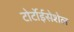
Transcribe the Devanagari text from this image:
टोर्टोईसेशेल